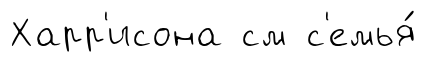
Харр'исона см с'емья́